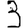
Digit: 3